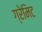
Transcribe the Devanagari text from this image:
ग्रेमिट